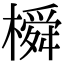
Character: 橓